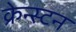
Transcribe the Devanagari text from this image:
क्रेन्स्टन